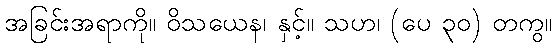
အခြင်းအရာကို။ ဝိသယေန၊ နှင့်။ သဟ၊ (ပေ ၃၀) တကွ။